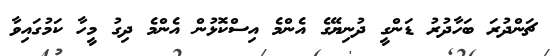
ޗަންދުރަ ބަހާދުރު ޑަންގީ ދުނިޔޭގެ އެންމެ އިސްކޮޅުން އެންމެ ދިގު މީހާ ކަމުގައިވާ